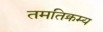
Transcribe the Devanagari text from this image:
तमतिक्रम्य